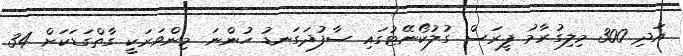
އަދި 300 މިލިގުރާމު ފީރަސް ގުލުކޯނޭޓުގައި ސާފުދަގަނޑު ހުންނަ މިންވަރަކީ ގާތްގަޑަކަށް 34